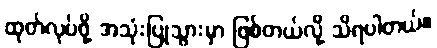
ထုတ်လုပ်ဖို့ အသုံးပြုသွားမှာ ဖြစ်တယ်လို့ သိရပါတယ်။